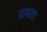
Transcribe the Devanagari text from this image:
प्रयतः